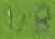
Text: 1,8